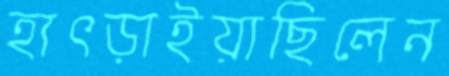
হাৎড়াইয়াছিলেন